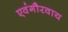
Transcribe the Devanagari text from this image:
एवंगौरवाय